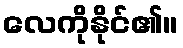
လေကိုနိုင်၏။